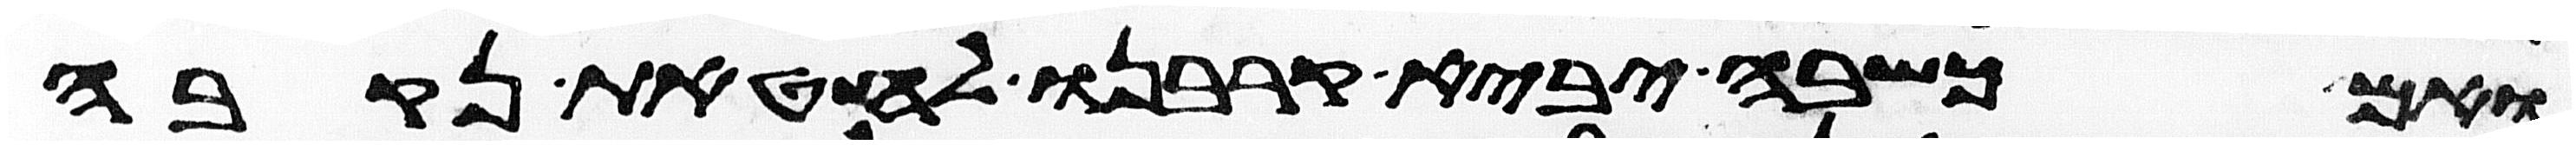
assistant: ואם כשבה יביא קרבנו לחטאת נקבה